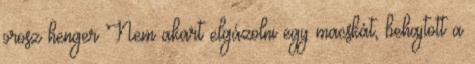
orosz henger Nem akart elgázolni egy macskát, behajtott a